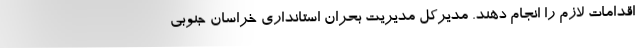
اقدامات لازم را انجام دهند. مدیرکل مدیریت بحران استانداری خراسان جنوبی